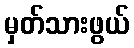
မှတ်သားဖွယ်